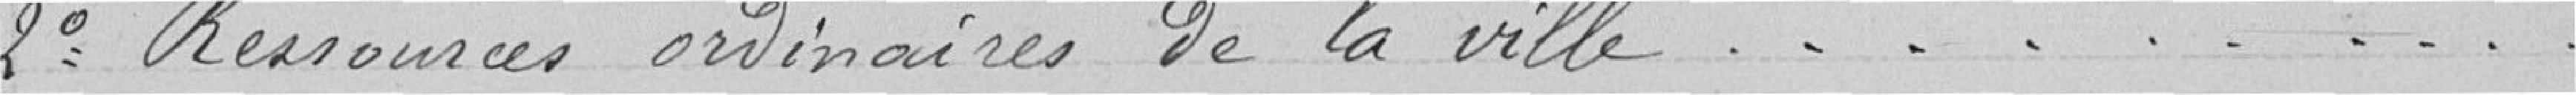
2° Ressources ordinaires de la ville